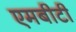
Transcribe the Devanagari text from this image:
एमबीटी